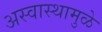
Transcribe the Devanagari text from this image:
अस्वास्थामुळे